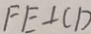
F E \bot C D